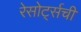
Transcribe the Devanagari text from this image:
रेसोर्ट्सची